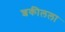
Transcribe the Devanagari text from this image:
शकीलला